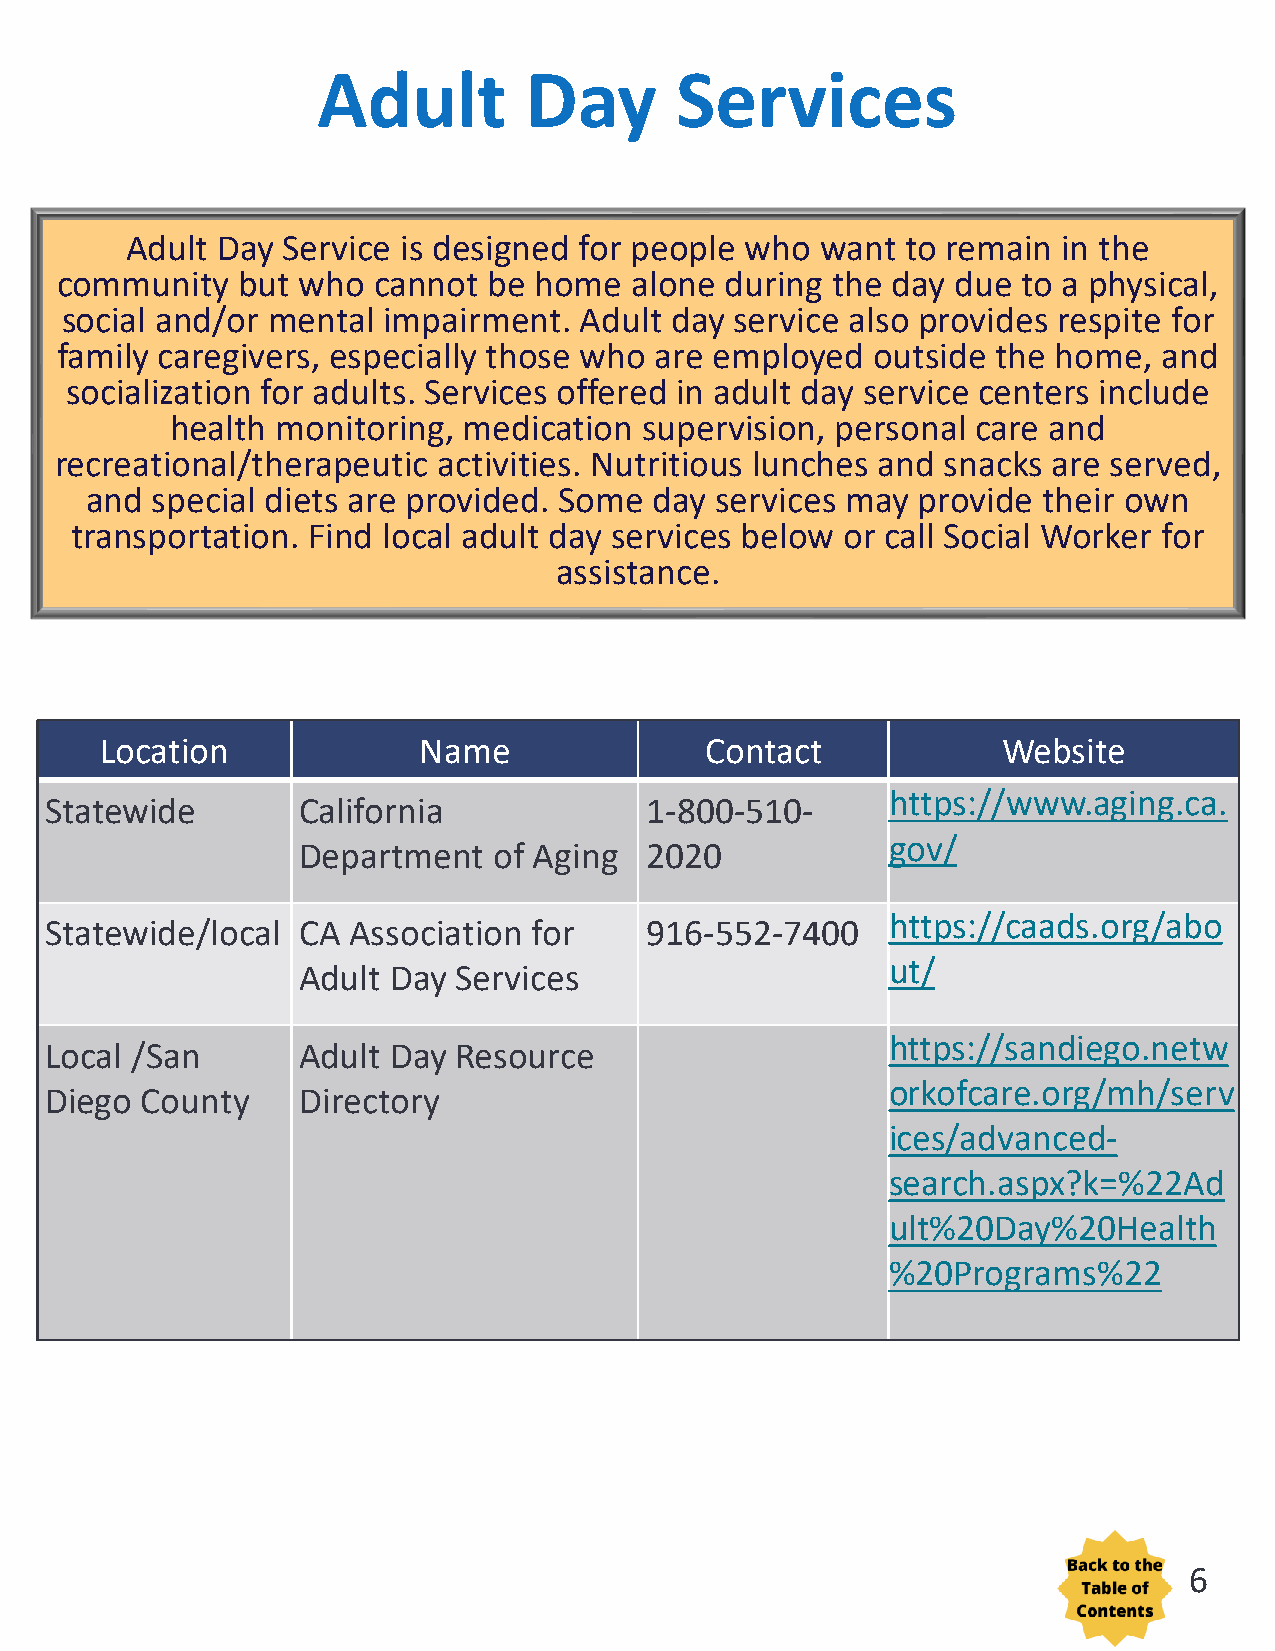
Adult         Day       Services
 Adult Day  Service is designed for people who want  to remain in the
 community   but who  cannot be home   alone during the day due  to a physical,
 social and/or mental impairment.  Adult day  service also provides respite for
 family caregivers, especially those who are employed  outside the home,  and
 socialization for adults. Services offered in adult day service centers include
 health monitoring,  medication  supervision, personal care and
 recreational/therapeutic activities. Nutritious lunches and snacks are served,
 and special diets are provided. Some day services may  provide their own
 transportation. Find local adult day services below or call Social Worker for
 assistance.
 Location             Name               Contact            Website
 https://www.aging.ca.
 Statewide        California             1-800-510-
 gov/
 Department   of Aging  2020
 https://caads.org/abo
 Statewide/local  CA Association for     916-552-7400
 ut/
 Adult Day Services
 https://sandiego.netw
 Local /San       Adult Day Resource
 orkofcare.org/mh/serv
 Diego County     Directory
 ices/advanced-
 search.aspx?k=%22Ad
 ult%20Day%20Health
 %20Programs%22
 6